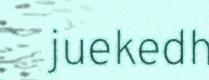
juekedh